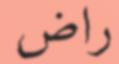
راض